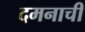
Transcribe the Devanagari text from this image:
दमनाची